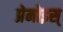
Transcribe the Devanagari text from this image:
प्रेमोइस्